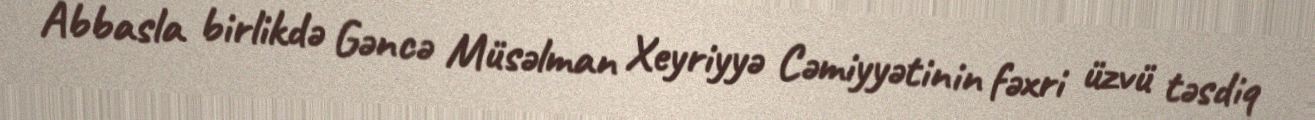
Abbasla birlikdə Gəncə Müsəlman Xeyriyyə Cəmiyyətinin fəxri üzvü təsdiq